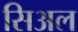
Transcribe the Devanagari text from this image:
सिअल